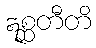
ဣစ္ဆတီတိ